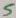
Text: 5